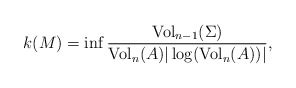
\begin{align*}k(M)=\inf \frac{{\rm Vol}_{n-1}(\Sigma)}{{\rm Vol}_n(A)|\log ({\rm Vol}_n(A))|},\end{align*}